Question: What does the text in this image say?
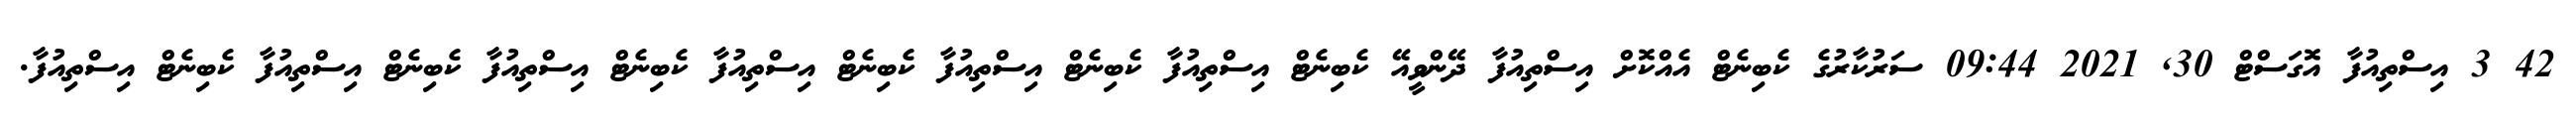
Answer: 42 3 އިސްތިއުފާ އޮގަސްޓް 30, 2021 09:44 ސަރުކާރުގެ ކެބިނެޓް އެއްކޮށް އިސްތިއުފާ ދޭންވީއޭ ކެބިނެޓް އިސްތިއުފާ ކެބިނެޓް އިސްތިއުފާ ކެބިނެޓް އިސްތިއުފާ ކެބިނެޓް އިސްތިއުފާ ކެބިނެޓް އިސްތިއުފާ ކެބިނެޓް އިސްތިއުފާ.